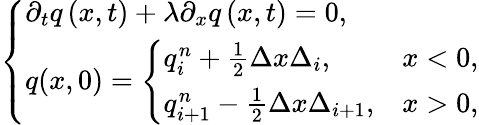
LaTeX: \left\lbrace\begin{array}{l}{\partial_{t}q\left(x,t\right)+\lambda\partial_{x}q\left(x,t\right)=0,}\\ {q(x,0)=\left\lbrace\begin{array}{ll}{q_{i}^{n}+\frac{1}{2}\Delta x\Delta_{i},}&{x<0,}\\ {q_{i+1}^{n}-\frac{1}{2}\Delta x\Delta_{i+1},}&{x>0,}\end{array}\right.}\end{array}\right.